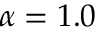
\alpha = 1 . 0